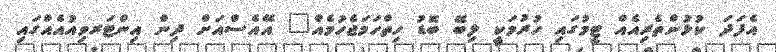
އެފަދަ ކުޅުންތެރިއެއް ޓީމުގައި ހުރުމަކީ ލިބޭ ބޮޑު ހިތްހަމަޖެހުމެއް" އޭއެސްއަށް ދިން އިންޓަރވިއުއެއްގައި